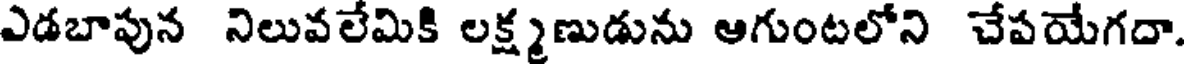
ఎడబాపున నిలువలేమికి లక్ష్మణుడును ఆగుంటలోని చేపయేగదా.